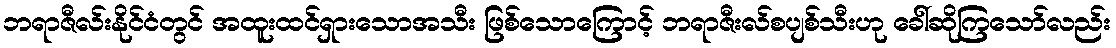
ဘရာဇီလ်းနိုင်ငံတွင် အထူးထင်ရှားသောအသီး ဖြစ်သောကြောင့် ဘရာဇီးလ်စပျစ်သီးဟု ခေါ်ဆိုကြသော်လည်း